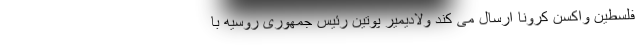
فلسطین واکسن کرونا ارسال می کند ولادیمیر پوتین رئیس جمهوری روسیه با